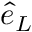
\hat { e } _ { L }